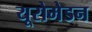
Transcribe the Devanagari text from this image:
यूरोमेडन